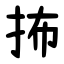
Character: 抪